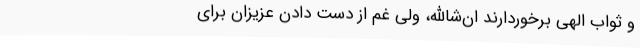
و ثواب الهی برخوردارند ان‌شاالله، ولی غم از دست دادن عزیزان برای